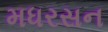
મધરસન